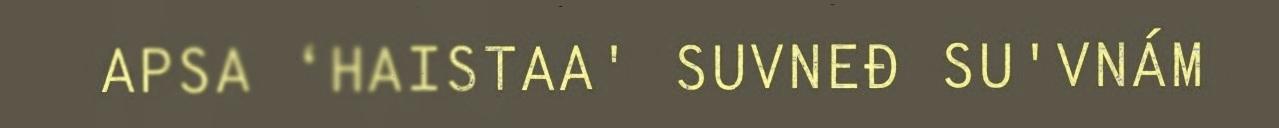
APSA ‘HAISTAA' SUVNEĐ SU'VNÁM